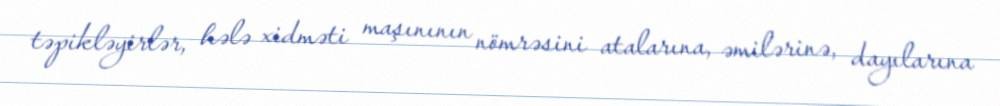
təpikləyirlər, hələ xidməti maşınının nömrəsini atalarına, əmilərinə, dayılarına